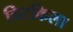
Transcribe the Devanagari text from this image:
चिरकिला